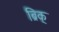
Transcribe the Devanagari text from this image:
ब्रिक्